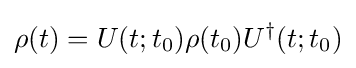
\rho (t)=U(t;t_{0})\rho (t_{0})U^{\dagger }(t;t_{0})